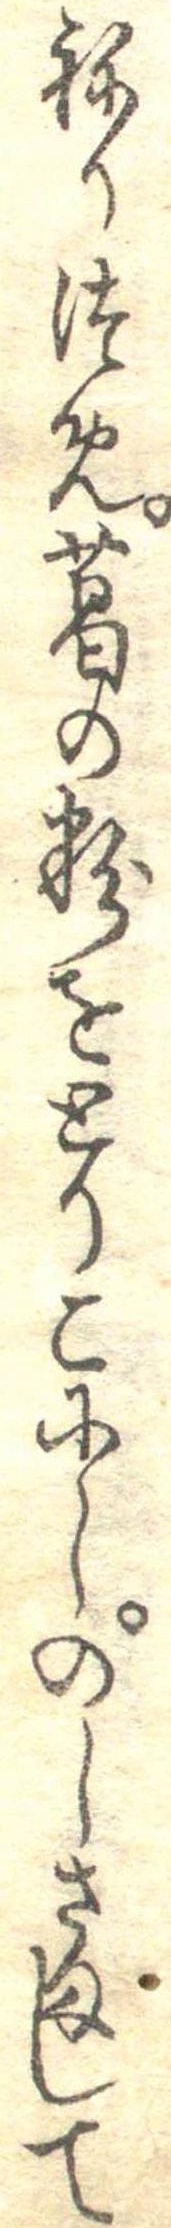
ねりつめ葛の粉をとりこにしのしさまして